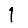
Digit: 1